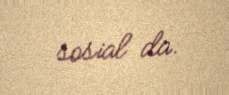
sosial da.